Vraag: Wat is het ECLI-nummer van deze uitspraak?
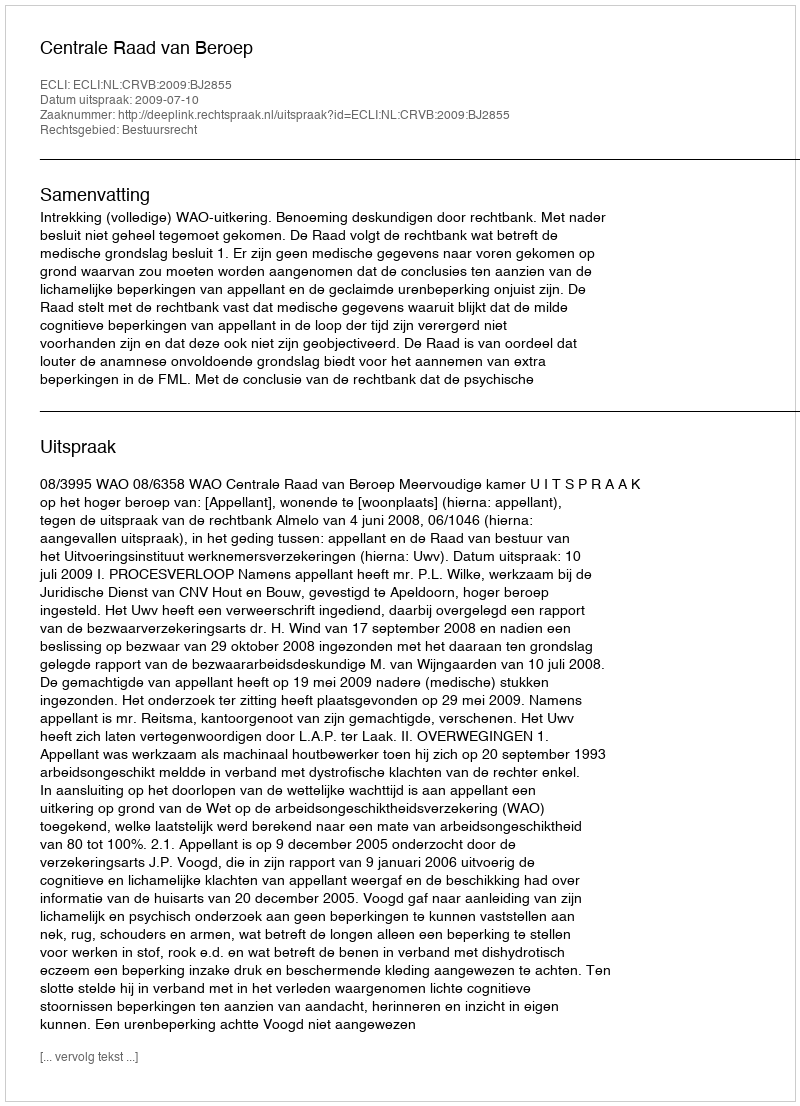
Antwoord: ECLI:NL:CRVB:2009:BJ2855